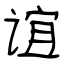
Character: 谊